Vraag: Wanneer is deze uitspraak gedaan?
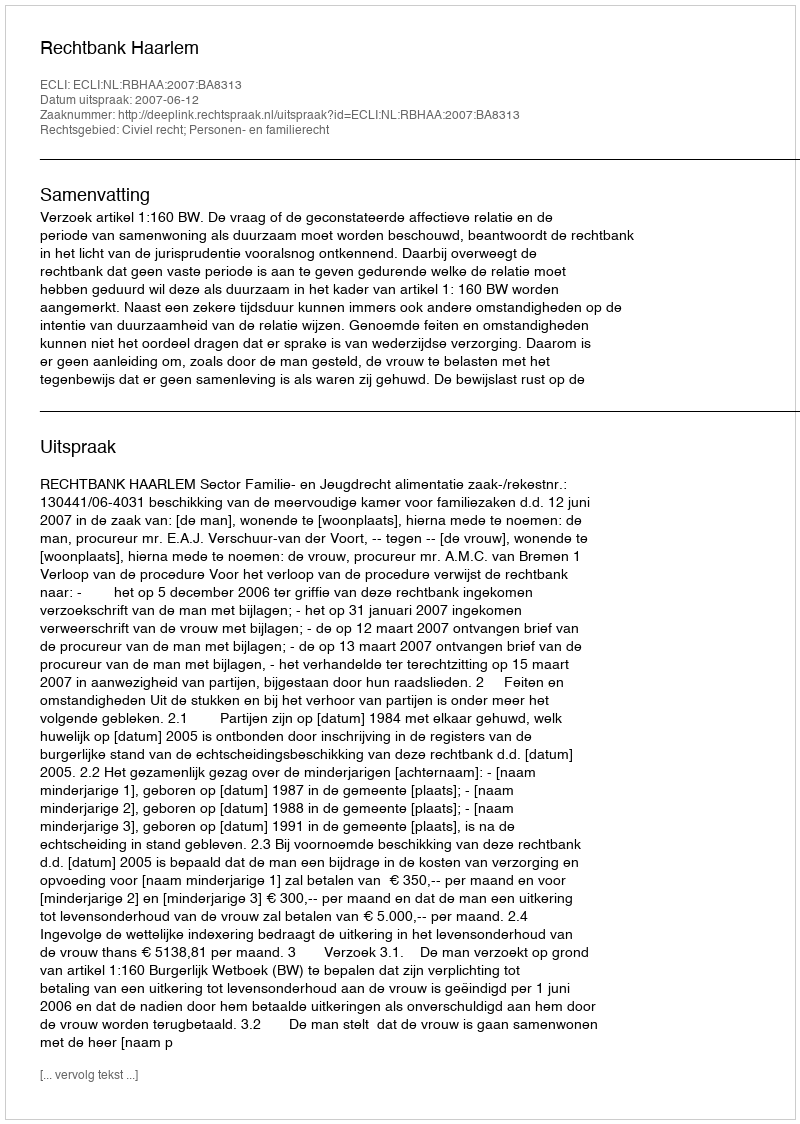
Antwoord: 2007-06-12